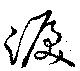
涙